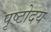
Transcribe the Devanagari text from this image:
पृष्टोदय